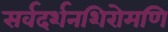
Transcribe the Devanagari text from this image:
सर्वदर्शनशिरोमणि